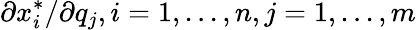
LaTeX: \partial x_{i}^{*}/\partial q_{j},i=1,...,n,j=1,...,m